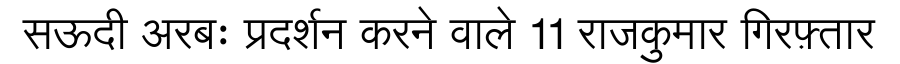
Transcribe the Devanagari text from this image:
सऊदी अरबः प्रदर्शन करने वाले 11 राजकुमार गिरफ़्तार